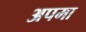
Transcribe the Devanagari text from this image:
अपमा